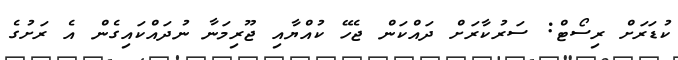
ކުޑަރަށް ރިސޯޓް: ސަރުކާރަށް ދައްކަން ޖެހޭ ކުއްޔާއި ޖޫރިމަނާ ނުދައްކައިގެން އެ ރަށުގެ